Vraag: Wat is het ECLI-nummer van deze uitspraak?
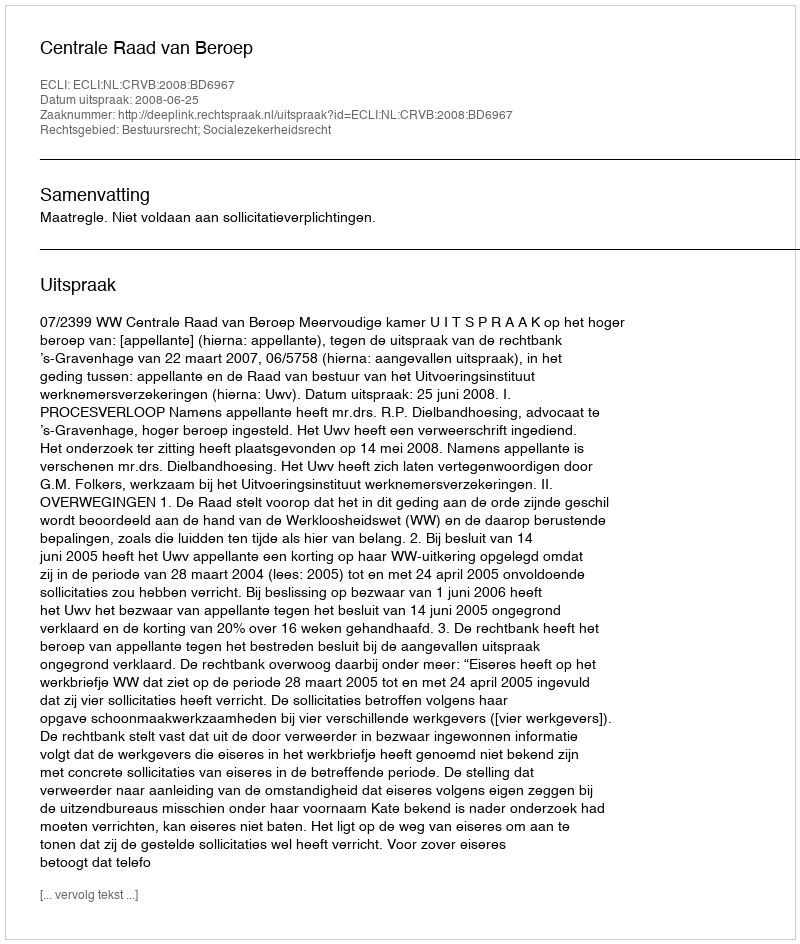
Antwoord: ECLI:NL:CRVB:2008:BD6967